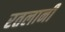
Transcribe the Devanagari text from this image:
रतलानी